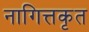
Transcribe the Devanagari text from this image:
नागित्तकृत